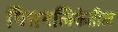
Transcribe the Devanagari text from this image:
पित्तनलिकेतील